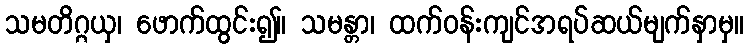
သမတိဂ္ဂယှ၊ ဖောက်ထွင်း၍။ သမန္တာ၊ ထက်ဝန်းကျင်အရပ်ဆယ်မျက်နှာမှ။